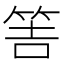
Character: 𥭅